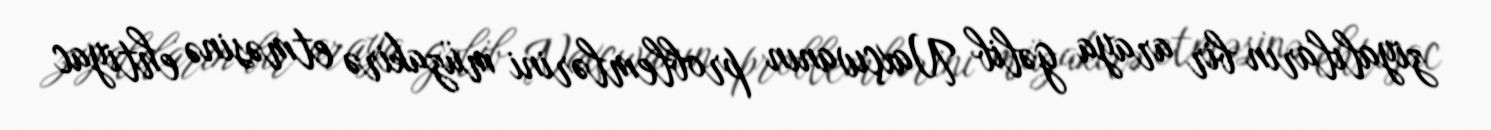
ziyalıların bir araya gəlib Naxçıvanın problemlərini müzakirə etməsinə ehtiyac